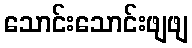
သောင်းသောင်းဖျဖျ